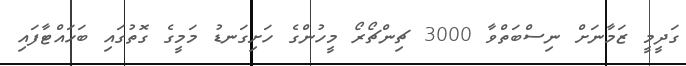
ގަދީމީ ޒަމާނަށް ނިސްބަތްވާ 3000 ޗިންޗޯރޯ މީހުންގެ ހަށިގަނޑު މަމީގެ ގޮތުގައި ބަހައްޓާފައި